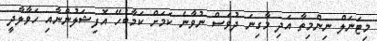
މިޓަނަލް ނިންމިތާ އަދި މާގިނަ ދުވަސް ނުވާނެ ކަމަށް ކަމާބެހޭ އޮފިޝަލުންނާއި ހަވާލާދީ